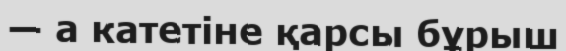
— a катетіне қарсы бұрыш